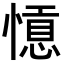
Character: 𢡡